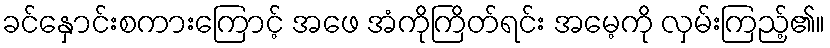
ခင်နှောင်းစကားကြောင့် အဖေ အံကိုကြိတ်ရင်း အမေ့ကို လှမ်းကြည့်၏။